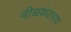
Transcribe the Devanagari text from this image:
नीळकंठराव